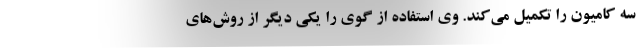
سه کامیون را تکمیل می‌کند. وی استفاده از گوی را یکی‌ دیگر از روش‌های